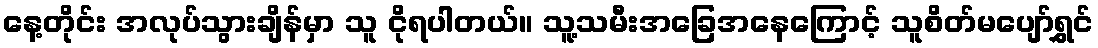
နေ့တိုင်း အလုပ်သွားချိန်မှာ သူ ငိုရပါတယ်။ သူ့သမီးအခြေအနေကြောင့် သူစိတ်မပျော်ရွှင်